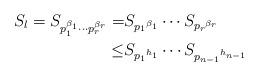
LaTeX: \begin{align*}S_l=S_{p_1^{\beta _1} \cdots p_r^{\beta _r}}= & S_{{p_1}^{\beta _1}} \cdots S_{{p_r}^{\beta _r}} \\ \leq & S_{{p_1}^{h_1}} \cdots S_{{p_{n-1}}^{h_{n-1}}} \\\end{align*}